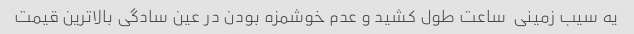
یه سیب زمینی  ساعت طول کشید و عدم خوشمزه بودن در عین سادگی بالاترین قیمت